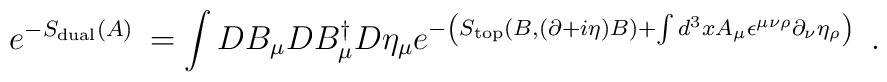
e^{-S_{{\rm dual}}(A)\;}=\int DB_\mu DB_\mu ^{\dagger }D\eta _\mu e^{-\left(S_{{\rm top}}(B,(\partial +i\eta )B)+\int d^3xA_\mu \epsilon ^{\mu \nu\rho }\partial _\nu \eta _\rho \right) \;}\;.